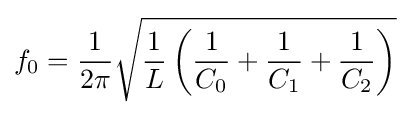
f_{0}={1 \over 2\pi }{\sqrt {{1 \over L}\left({1 \over C_{0}}+{1 \over C_{1}}+{1 \over C_{2}}\right)}}\